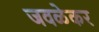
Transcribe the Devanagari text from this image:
जवळेकर